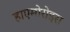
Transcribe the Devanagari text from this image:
हाएमोरोइस